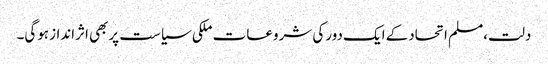
دلت،مسلم اتحادکے ایک دورکی شروعات ملکی سیاست پربھی اثراندازہوگی۔